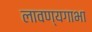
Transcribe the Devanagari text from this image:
लावण्यगाभा